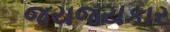
જયજયકાર